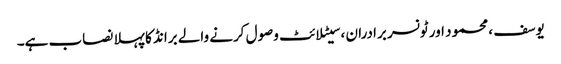
یوسف ، محمود اور ٹونسر برادران ، سیٹلائٹ وصول کرنے والے برانڈ کا پہلا نصاب ہے۔